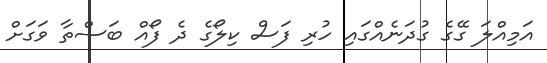
އަމިއްލަ ގޭގެ ގުދަނެއްގައި ހުރި ފަސް ކިލޯގެ ދެ ފޯއް ބަސްތާ ވަގަށް